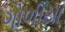
ગોળીયા